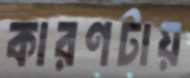
কারণটায়